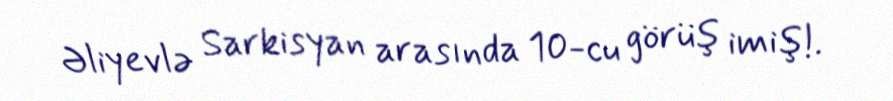
Əliyevlə Sarkisyan arasında 10-cu görüş imiş!.